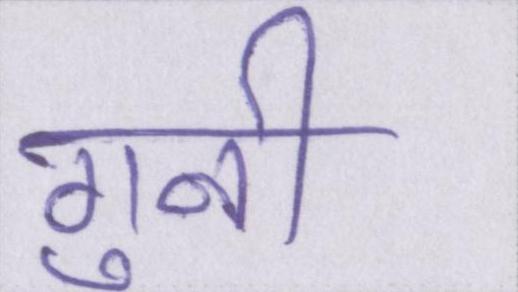
गुनी